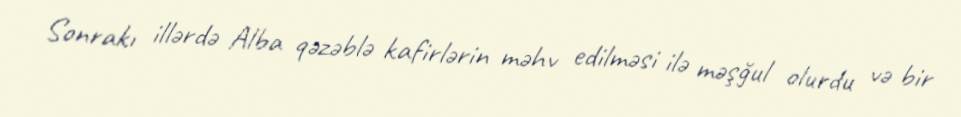
Sonrakı illərdə Alba qəzəblə kafirlərin məhv edilməsi ilə məşğul olurdu və bir